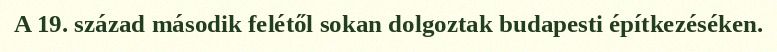
A 19. század második felétől sokan dolgoztak budapesti építkezéséken.